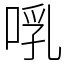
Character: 啂